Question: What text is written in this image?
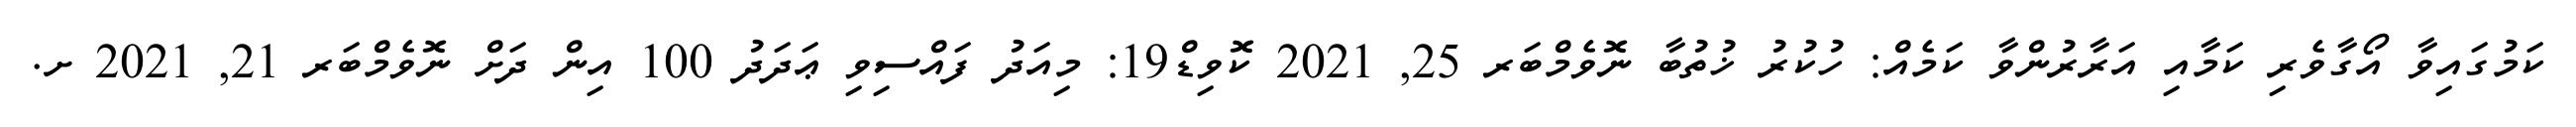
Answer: ކަމުގައިވާ އޯގާވެރި ކަމާއި އަރާރުންވާ ކަމެއް: ހުކުރު ޚުތުބާ ނޮވެމްބަރ 25, 2021 ކޮވިޑް19: މިއަދު ފައްސިވި ޢަދަދު 100 އިން ދަށް ނޮވެމްބަރ 21, 2021 ށ.